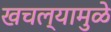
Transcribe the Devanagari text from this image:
खचल्यामुळे